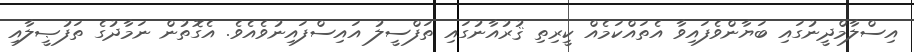
އިސްލާމްދީނުގައި ބަޔާންވެފައިވާ އެތައްކަމެއް ކީރިތި ޤުރުއާނުގައި ތަފްސީލު އައިސްފައިނުވެއެވެ. އެގޮތުން ނަމާދުގެ ތަފުޞީލާއި